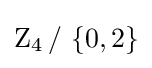
\mathrm {Z} _{4}\,/\,\left\{0,2\right\}